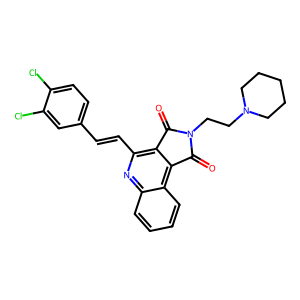
SMILES: O=C1c2c(C=Cc3ccc(Cl)c(Cl)c3)nc3ccccc3c2C(=O)N1CCN1CCCCC1
Inhibits HIV replication: No